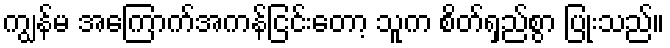
ကျွန်မ အကြောက်အကန်ငြင်းတော့ သူက စိတ်ရှည်စွာ ပြုံးသည်။